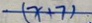
( x + 7 ) .